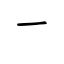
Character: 一